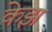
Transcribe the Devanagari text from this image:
केझ